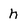
Character: h